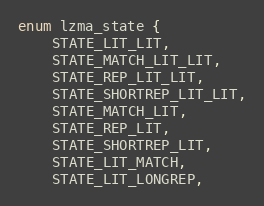
Language: C
enum lzma_state {
    STATE_LIT_LIT,
    STATE_MATCH_LIT_LIT,
    STATE_REP_LIT_LIT,
    STATE_SHORTREP_LIT_LIT,
    STATE_MATCH_LIT,
    STATE_REP_LIT,
    STATE_SHORTREP_LIT,
    STATE_LIT_MATCH,
    STATE_LIT_LONGREP,